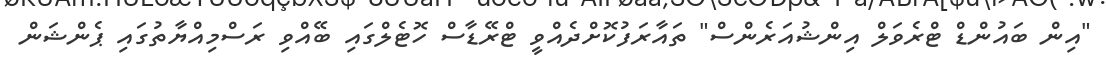
"އިން ބައުންޑް ޓްރެވަލް އިންޝުއަރެންސް" ތައާރަފުކޮށްދެއްވީ ޓްރޭޑާސް ހޮޓެލްގައި ބޭއްވި ރަސްމިއްޔާތުގައި ޕެންޝަން